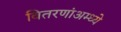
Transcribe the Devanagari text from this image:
वितरणांअम्ध्ये